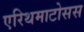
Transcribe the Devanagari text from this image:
एरिथमाटोसस